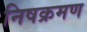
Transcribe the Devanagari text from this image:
निषक्रमण